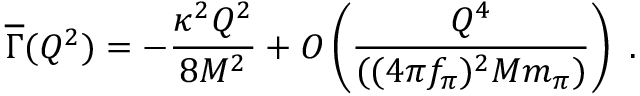
{ \overline { { \Gamma } } } ( Q ^ { 2 } ) = - { \frac { \kappa ^ { 2 } Q ^ { 2 } } { 8 M ^ { 2 } } } + { \cal O } \left( { \frac { Q ^ { 4 } } { ( ( 4 \pi f _ { \pi } ) ^ { 2 } M m _ { \pi } ) } } \right) \ .